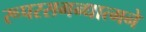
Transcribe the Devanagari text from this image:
रूपरसगन्धात्मने